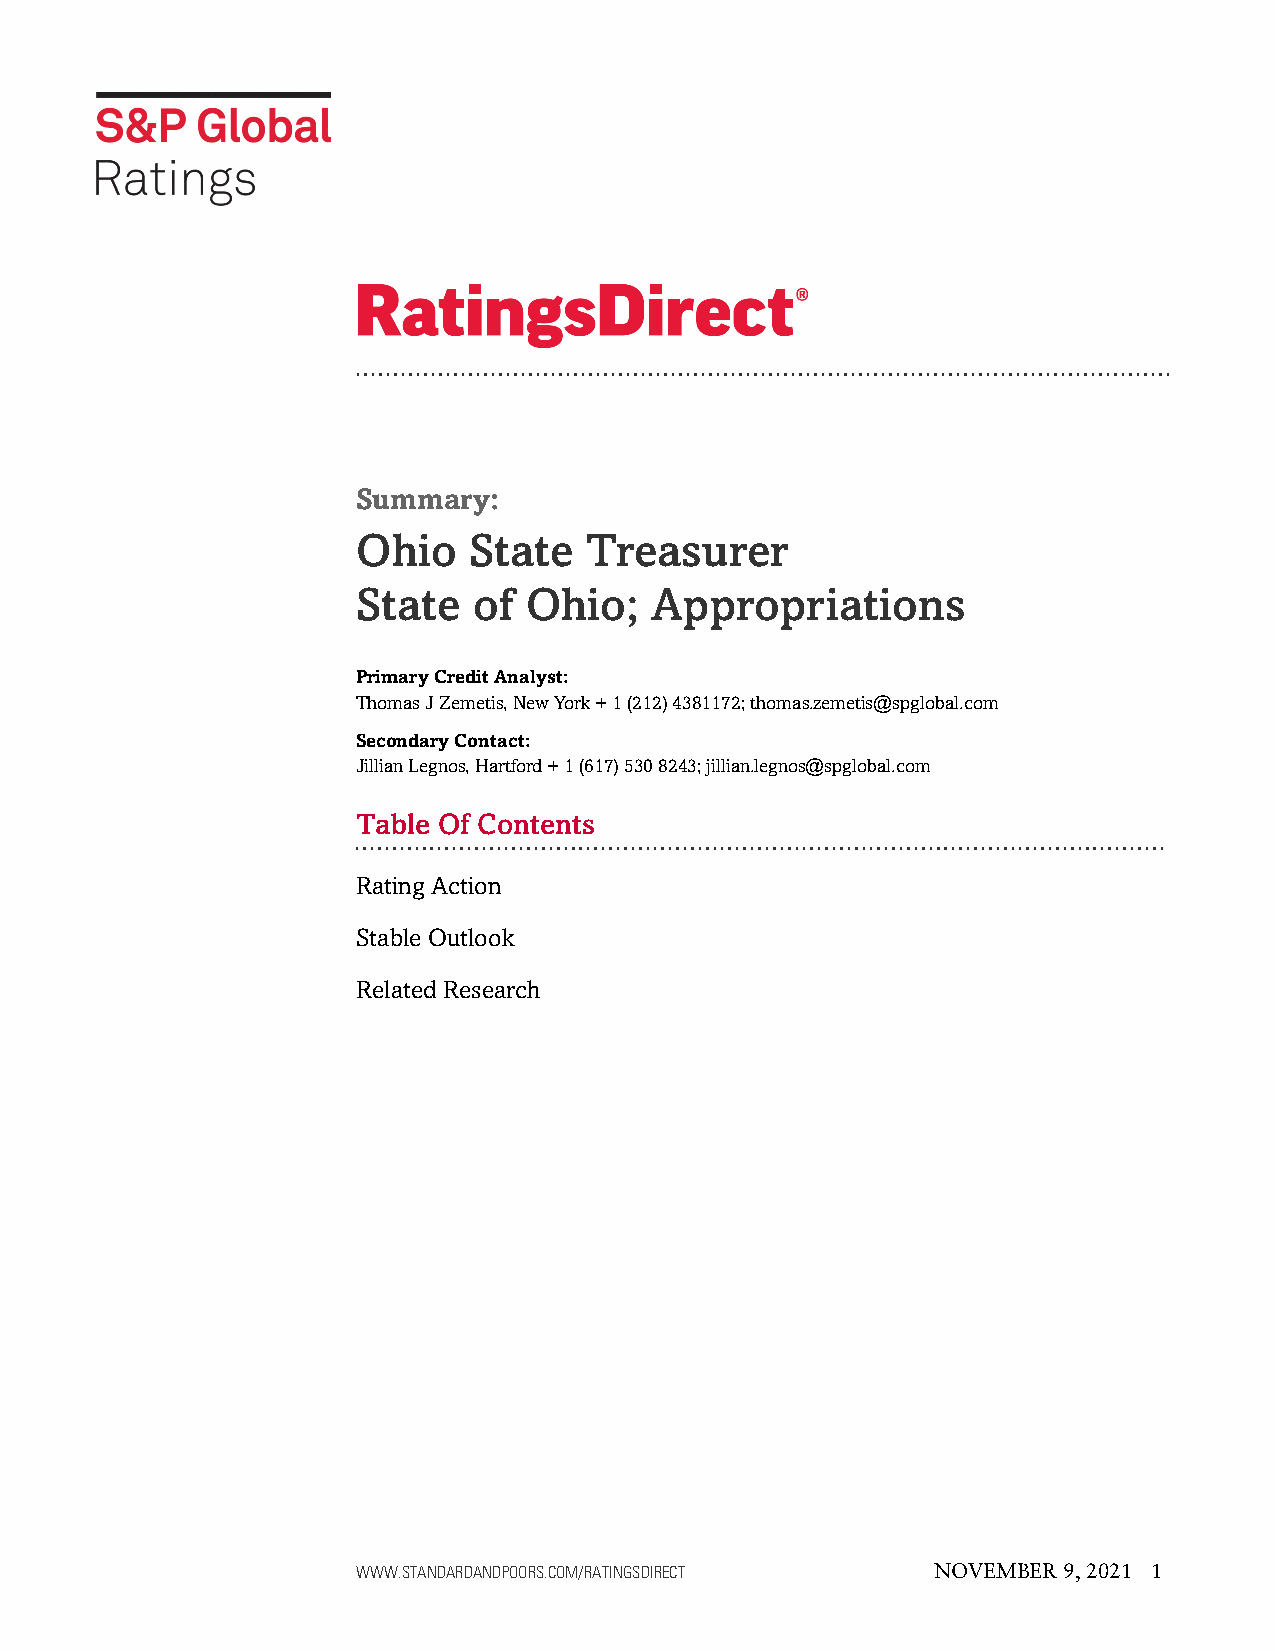
Summary:
 Ohio   State   Treasurer
 State  of  Ohio;   Appropriations
 PrimaryCreditAnalyst:
 ThomasJZemetis,NewYork+1(212)4381172;thomas.zemetis@spglobal.com
 SecondaryContact:
 JillianLegnos,Hartford+1(617)5308243;jillian.legnos@spglobal.com
 Table Of Contents
 Rating Action
 Stable Outlook
 Related Research
 WWW.STANDARDANDPOORS.COM/RATINGSDIRECT NOVEMBER 9, 2021 1